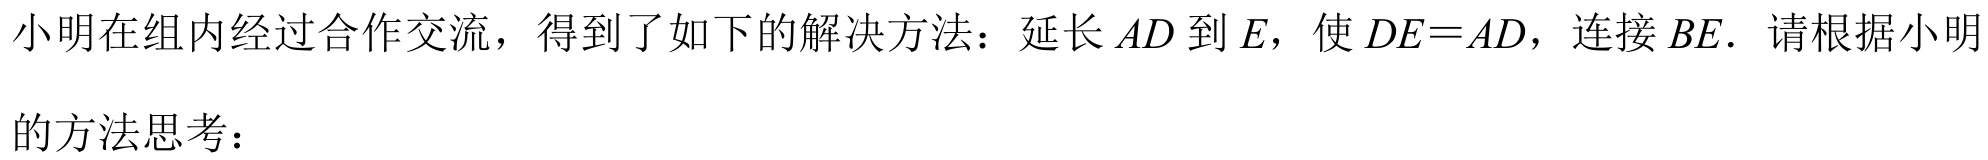
小明在组内经过合作交流，得到了如下的解决方法：延长$AD$到$E$，使$DE = AD$，连接$BE$．请根据小明\\
的方法思考：